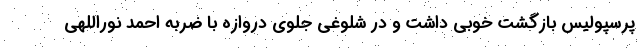
پرسپولیس بازگشت خوبی داشت و در شلوغی جلوی دروازه با ضربه احمد نوراللهی